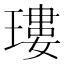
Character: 㻲